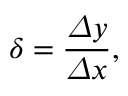
\delta = \frac { \varDelta y } { \varDelta x } ,